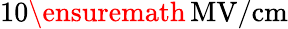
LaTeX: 10\ensuremath{\, \mathrm{MV/cm}}